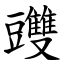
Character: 䝄